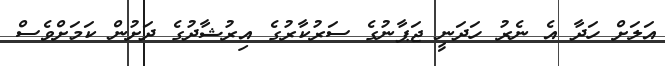
އަލަށް ހަދާ އެ ނެރު ހަދަނީ ޖަޕާނުގެ ސަރުކާރުގެ އިރުޝާދުގެ ދަށުން ކަމަށްވެސް